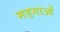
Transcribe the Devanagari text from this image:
मडगाओं